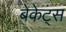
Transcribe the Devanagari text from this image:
बेकेट्स